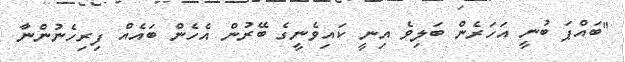
"ބައްޕަ ބުނީ އަހަރެން ބަލިވެ އިނީ ކައިވެނީގެ ބޭރުން އެހެން ބައެއް ފިރިހެނުންނާ